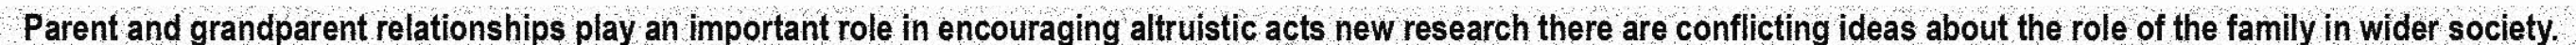
Parent and grandparent relationships play an important role in encouraging altruistic acts new research there are conflicting ideas about the role of the family in wider society.